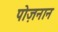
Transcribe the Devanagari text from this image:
पोज़नान